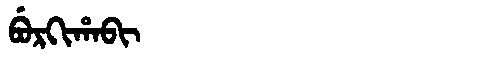
Manchu: ᠪᡠᡵᡴᡳᡥᠠᠪᡳ
Romanization: BURKIHABI